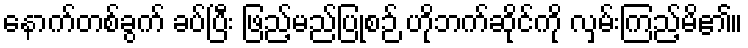
နောက်တစ်ခွက် ခပ်ပြီး ဖြည့်မည်ပြုစဉ် ဟိုဘက်ဆိုင်ကို လှမ်းကြည့်မိ၏။